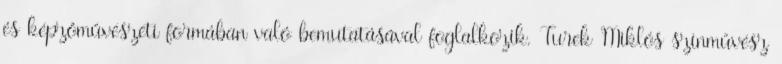
és képzőművészeti formában való bemutatásával foglalkozik. Turek Miklós színművész